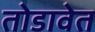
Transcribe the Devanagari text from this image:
तोडावेत